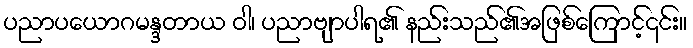
ပညာပယောဂမန္ဒတာယ ဝါ၊ ပညာဗျာပါရ၏ နည်းသည်၏အဖြစ်ကြောင့်၎င်း။